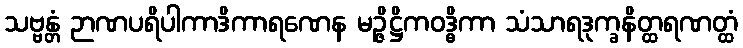
သဗ္ဗန္တံ ဉာဏပရိပါကာဒိကာရဏေန မဉ္ဇိဋ္ဌိကဝဒ္ဓိကာ သံသာရဒုက္ခနိတ္ထရဏတ္ထံ